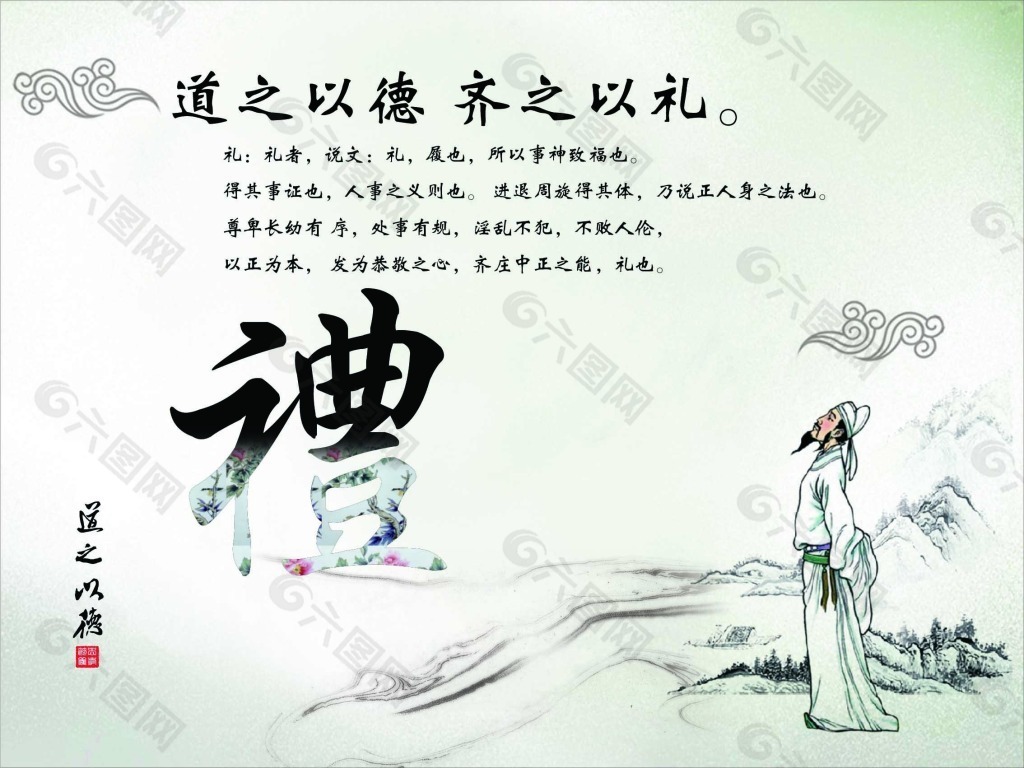
礼者，人道之极也。